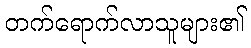
တက်ရောက်လာသူများ၏